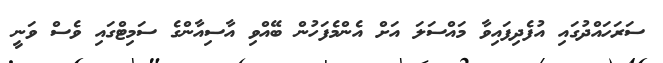
ސަރަހައްދުގައި އުފެދިފައިވާ މައްސަލަ އަށް އެންމެފަހުން ބޭއްވި އާސިއާންގެ ސަމިޓްގައި ވެސް ވަނީ